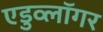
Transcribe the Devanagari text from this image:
एडुव्लॉगर